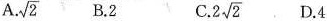
A. \sqrt{2} B.2 C. 2\sqrt{2} .D.4